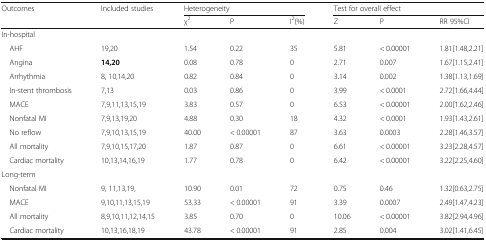
<table><thead><tr><td rowspan="2"><b>Outcomes</b></td><td rowspan="2"><b>Included studies</b></td><td colspan="3"><b>Heterogeneity</b></td><td colspan="3"><b>Test for overall effect</b></td></tr><tr><td><b>χ<sup>2</sup></b></td><td><b>P</b></td><td><b>I<sup>2</sup>(%)</b></td><td><b>Z</b></td><td><b>P</b></td><td><b>RR 95%CI</b></td></tr></thead><tbody><tr><td colspan="8">In-hospital</td></tr><tr><td> AHF</td><td>19,20</td><td>1.54</td><td>0.22</td><td>35</td><td>5.81</td><td>&lt; 0.00001</td><td>1.81[1.48,2.21]</td></tr><tr><td> Angina</td><td><b>14,20</b></td><td>0.08</td><td>0.78</td><td>0</td><td>2.71</td><td>0.007</td><td>1.67[1.15,2.41]</td></tr><tr><td> Arrhythmia</td><td>8, 10,14,20</td><td>0.82</td><td>0.84</td><td>0</td><td>3.14</td><td>0.002</td><td>1.38[1.13,1.69]</td></tr><tr><td> In-stent thrombosis</td><td>7,13</td><td>0.03</td><td>0.86</td><td>0</td><td>3.99</td><td>&lt; 0.0001</td><td>2.72[1.66,4.44]</td></tr><tr><td> MACE</td><td>7,9,11,13,15,19</td><td>3.83</td><td>0.57</td><td>0</td><td>6.53</td><td>&lt; 0.00001</td><td>2.00[1.62,2.46]</td></tr><tr><td> Nonfatal MI</td><td>7,9,13,19,20</td><td>4.88</td><td>0.30</td><td>18</td><td>4.32</td><td>&lt; 0.0001</td><td>1.93[1.43,2.61]</td></tr><tr><td> No reflow</td><td>7,9,10,13,15,19</td><td>40.00</td><td>&lt; 0.00001</td><td>87</td><td>3.63</td><td>0.0003</td><td>2.28[1.46,3.57]</td></tr><tr><td> All mortality</td><td>7,9,10,15,17,20</td><td>1.87</td><td>0.87</td><td>0</td><td>6.61</td><td>&lt; 0.00001</td><td>3.23[2.28,4.57]</td></tr><tr><td> Cardiac mortality</td><td>10,13,14,16,19</td><td>1.77</td><td>0.78</td><td>0</td><td>6.42</td><td>&lt; 0.00001</td><td>3.22[2.25,4.60]</td></tr><tr><td colspan="8">Long-term</td></tr><tr><td> Nonfatal MI</td><td>9, 11,13,19,</td><td>10.90</td><td>0.01</td><td>72</td><td>0.75</td><td>0.46</td><td>1.32[0.63,2.75]</td></tr><tr><td> MACE</td><td>9,10,11,13,15,19</td><td>53.33</td><td>&lt; 0.00001</td><td>91</td><td>3.39</td><td>0.0007</td><td>2.49[1.47,4.23]</td></tr><tr><td> All mortality</td><td>8,9,10,11,12,14,15</td><td>3.85</td><td>0.70</td><td>0</td><td>10.06</td><td>&lt; 0.00001</td><td>3.82[2.94,4.96]</td></tr><tr><td> Cardiac mortality</td><td>10,13,16,18,19</td><td>43.78</td><td>&lt; 0.00001</td><td>91</td><td>2.85</td><td>0.004</td><td>3.02[1.41,6.45]</td></tr></tbody></table>